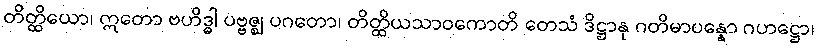
တိတ္ထိယော၊ ဣတော ဗဟိဒ္ဓါ ပဗ္ဗဇ္ဈ ပဂတော၊ တိတ္ထိယသာဝကောတိ တေသံ ဒိဋ္ဌာနု ဂတိမာပန္နော ဂဟဋ္ဌော၊